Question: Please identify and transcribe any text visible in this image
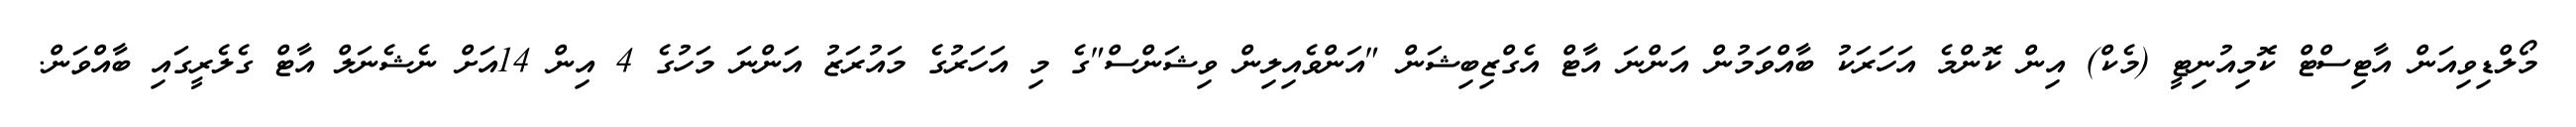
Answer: މޯލްޑިވިއަން އާޓިސްޓް ކޮމިއުނިޓީ (މެކް) އިން ކޮންމެ އަހަރަކު ބާއްވަމުން އަންނަ އާޓް އެގްޒިބިޝަން "އަންވެއިލިން ވިޝަންސް"ގެ މި އަހަރުގެ މައުރަޒު އަންނަ މަހުގެ 4 އިން 14އަށް ނެޝެނަލް އާޓް ގެލެރީގައި ބާއްވަން.